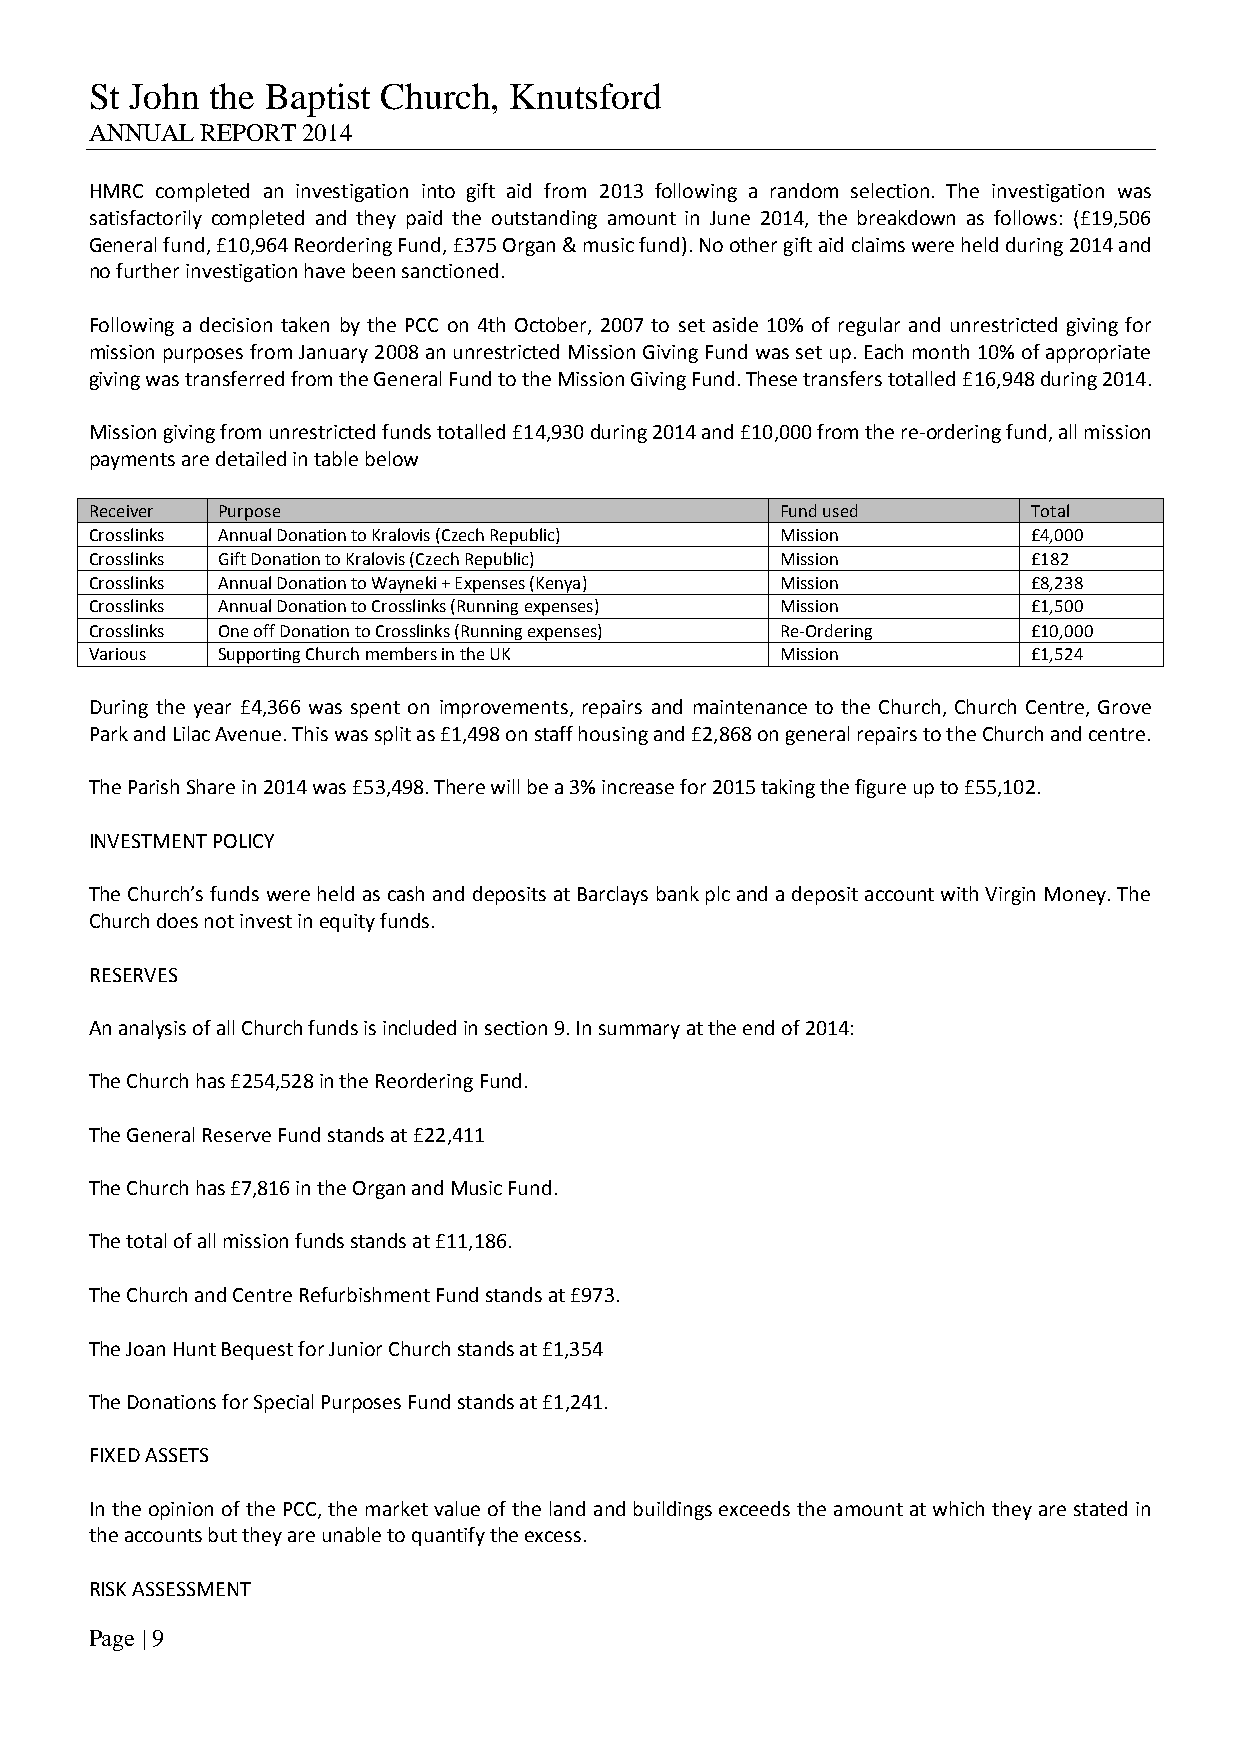
St John the Baptist Church, Knutsford
 ANNUAL REPORT 2014
 HMRC completed an investigation into gift aid from 2013 following a random selection. The investigation was
 satisfactorily completed and they paid the outstanding amount in June 2014, the breakdown as follows: (£19,506
 General fund, £10,964 Reordering Fund, £375 Organ & music fund). No other gift aid claims were held during 2014 and
 no further investigation have been sanctioned.
 Following a decision taken by the PCC on 4th October, 2007 to set aside 10% of regular and unrestricted giving for
 mission purposes from January 2008 an unrestricted Mission Giving Fund was set up. Each month 10% of appropriate
 giving was transferred from the General Fund to the Mission Giving Fund. These transfers totalled £16,948 during 2014.
 Mission giving from unrestricted funds totalled £14,930 during 2014 and £10,000 from the re-ordering fund, all mission
 payments are detailed in table below
 Receiver Purpose                              Fund used       Total
 Crosslinks Annual Donation to Kralovis (Czech Republic) Mission £4,000
 Crosslinks Gift Donation to Kralovis (Czech Republic) Mission £182
 Crosslinks Annual Donation to Wayneki + Expenses (Kenya) Mission £8,238
 Crosslinks Annual Donation to Crosslinks (Running expenses) Mission £1,500
 Crosslinks One off Donation to Crosslinks (Running expenses) Re-Ordering £10,000
 Various Supporting Church members in the UK   Mission         £1,524
 During the year £4,366 was spent on improvements, repairs and maintenance to the Church, Church Centre, Grove
 Park and Lilac Avenue. This was split as £1,498 on staff housing and £2,868 on general repairs to the Church and centre.
 The Parish Share in 2014 was £53,498. There will be a 3% increase for 2015 taking the figure up to £55,102.
 INVESTMENT POLICY
 The Church’s funds were held as cash and deposits at Barclays bank plc and a deposit account with Virgin Money. The
 Church does not invest in equity funds.
 RESERVES
 An analysis of all Church funds is included in section 9. In summary at the end of 2014:
 The Church has £254,528 in the Reordering Fund.
 The General Reserve Fund stands at £22,411
 The Church has £7,816 in the Organ and Music Fund.
 The total of all mission funds stands at £11,186.
 The Church and Centre Refurbishment Fund stands at £973.
 The Joan Hunt Bequest for Junior Church stands at £1,354
 The Donations for Special Purposes Fund stands at £1,241.
 FIXED ASSETS
 In the opinion of the PCC, the market value of the land and buildings exceeds the amount at which they are stated in
 the accounts but they are unable to quantify the excess.
 RISK ASSESSMENT
 Page | 9